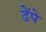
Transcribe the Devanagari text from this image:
ढेंपे